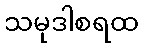
သမုဒါစရထ